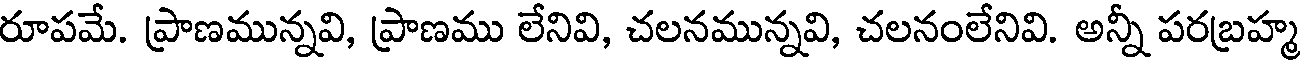
రూపమే. ప్రాణమున్నవి, ప్రాణము లేనివి, చలనమున్నవి, చలనంలేనివి. అన్నీ పరబ్రహ్మ